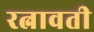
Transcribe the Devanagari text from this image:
रत्नावती